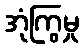
အုံကြွမှု